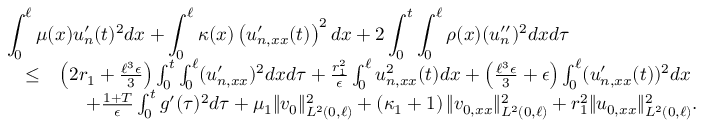
\begin{array} { r l r } { \lefteqn { \int _ { 0 } ^ { \ell } \mu ( x ) u _ { n } ^ { \prime } ( t ) ^ { 2 } d x + \int _ { 0 } ^ { \ell } \kappa ( x ) \left( u _ { n , x x } ^ { \prime } ( t ) \right) ^ { 2 } d x + 2 \int _ { 0 } ^ { t } \int _ { 0 } ^ { \ell } \rho ( x ) ( u _ { n } ^ { \prime \prime } ) ^ { 2 } d x d \tau } } \\ & { \leq } & { \left( 2 r _ { 1 } + \frac { \ell ^ { 3 } \epsilon } { 3 } \right) \int _ { 0 } ^ { t } \int _ { 0 } ^ { \ell } ( u _ { n , x x } ^ { \prime } ) ^ { 2 } d x d \tau + \frac { r _ { 1 } ^ { 2 } } { \epsilon } \int _ { 0 } ^ { \ell } u _ { n , x x } ^ { 2 } ( t ) d x + \left( \frac { \ell ^ { 3 } \epsilon } { 3 } + \epsilon \right) \int _ { 0 } ^ { \ell } ( u _ { n , x x } ^ { \prime } ( t ) ) ^ { 2 } d x \ } \\ & { } & { + \frac { 1 + T } { \epsilon } \int _ { 0 } ^ { t } g ^ { \prime } ( \tau ) ^ { 2 } d \tau + \mu _ { 1 } \Vert v _ { 0 } \Vert _ { L ^ { 2 } ( 0 , \ell ) } ^ { 2 } + \left( \kappa _ { 1 } + 1 \right) \Vert v _ { 0 , x x } \Vert _ { L ^ { 2 } ( 0 , \ell ) } ^ { 2 } + r _ { 1 } ^ { 2 } \Vert u _ { 0 , x x } \Vert _ { L ^ { 2 } ( 0 , \ell ) } ^ { 2 } . } \end{array}